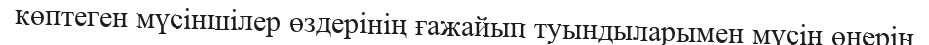
көптеген мүсіншілер өздерінің ғажайып туындыларымен мүсін өнерін